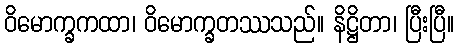
ဝိမောက္ခကထာ၊ ဝိမောက္ခတဿသည်။ နိဋ္ဌိတာ၊ ပြီးပြီ။